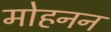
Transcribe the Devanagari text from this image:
मोहनन